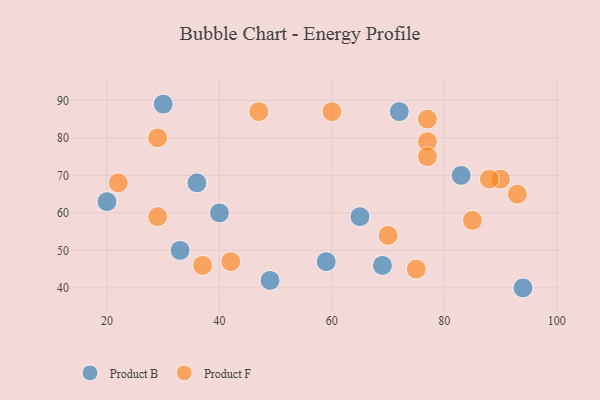
{"axis": {"x": "GDP", "y": "Life Expectancy"}, "legend": ["Product B", "Product F"], "data": [{"x": "20", "y": 63, "type": "Product B"}, {"x": "72", "y": 87, "type": "Product B"}, {"x": "83", "y": 70, "type": "Product B"}, {"x": "40", "y": 60, "type": "Product B"}, {"x": "94", "y": 40, "type": "Product B"}, {"x": "65", "y": 59, "type": "Product B"}, {"x": "33", "y": 50, "type": "Product B"}, {"x": "36", "y": 68, "type": "Product B"}, {"x": "49", "y": 42, "type": "Product B"}, {"x": "30", "y": 89, "type": "Product B"}, {"x": "59", "y": 47, "type": "Product B"}, {"x": "69", "y": 46, "type": "Product B"}, {"x": "70", "y": 54, "type": "Product F"}, {"x": "47", "y": 87, "type": "Product F"}, {"x": "85", "y": 58, "type": "Product F"}, {"x": "90", "y": 69, "type": "Product F"}, {"x": "22", "y": 68, "type": "Product F"}, {"x": "29", "y": 80, "type": "Product F"}, {"x": "77", "y": 85, "type": "Product F"}, {"x": "77", "y": 79, "type": "Product F"}, {"x": "60", "y": 87, "type": "Product F"}, {"x": "42", "y": 47, "type": "Product F"}, {"x": "37", "y": 46, "type": "Product F"}, {"x": "77", "y": 75, "type": "Product F"}, {"x": "93", "y": 65, "type": "Product F"}, {"x": "29", "y": 59, "type": "Product F"}, {"x": "88", "y": 69, "type": "Product F"}, {"x": "75", "y": 45, "type": "Product F"}]}